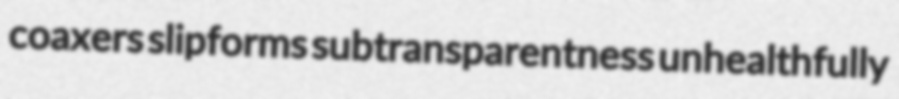
coaxers slipforms subtransparentness unhealthfully